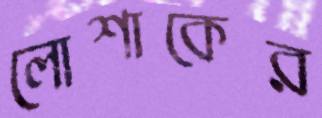
লোশাকের